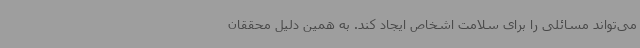
می‌تواند مسائلی را برای سلامت اشخاص ایجاد کند. به همین دلیل محققان